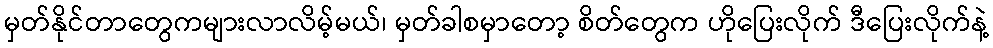
မှတ်နိုင်တာတွေကများလာလိမ့်မယ်၊ မှတ်ခါစမှာတော့ စိတ်တွေက ဟိုပြေးလိုက် ဒီပြေးလိုက်နဲ့